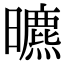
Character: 𣋳